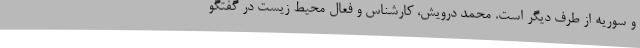
و سوریه از طرف دیگر است. محمد درویش، کارشناس و فعال محیط زیست در گفتگو